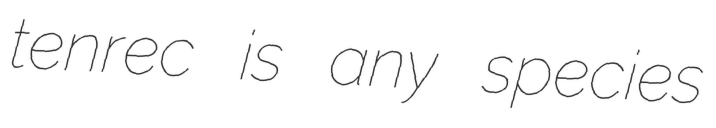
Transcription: tenrec is any species